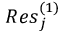
{ R e s } _ { j } ^ { ( 1 ) }